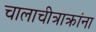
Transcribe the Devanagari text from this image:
चालाचीत्राक्रांना